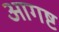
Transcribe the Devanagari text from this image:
आगष्ट